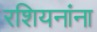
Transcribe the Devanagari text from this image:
रशियनांना